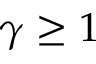
\gamma \geq 1